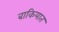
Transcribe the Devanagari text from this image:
बाकियात